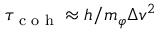
\tau _ { \textrm { c o h } } \approx h / m _ { \varphi } \Delta v ^ { 2 }